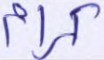
كرام